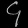
Digit: ၄